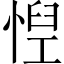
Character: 𢝘